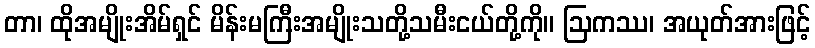
တာ၊ ထိုအမျိုးအိမ်ရှင် မိန်းမကြီးအမျိုးသတို့သမီးငယ်တို့ကို။ ဩကဿ၊ အယုတ်အားဖြင့်